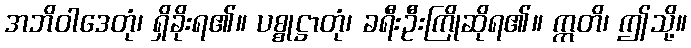
အဘိဝါဒေတုံ၊ ရှိခိုးရ၏။ ပစ္စုဋ္ဌာတုံ၊ ခရီးဦးကြိုဆိုရ၏။ ဣတိ၊ ဤသို့။